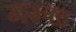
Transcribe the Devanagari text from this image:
मरुळ